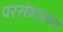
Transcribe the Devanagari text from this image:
परसंप्रदायास